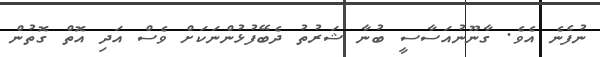
ނުފެނެ އެވެ. ގާނޫނުއަސާސީ ބުނާ ޝަރުތު ދެބޭފުޅުންނަކަށް ވެސް އަދި އޮތް ގޮތުން